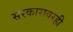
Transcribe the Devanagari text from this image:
सरकारावरही